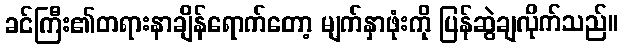
ခင်ကြီး၏တရားနာချိန်ရောက်တော့ မျက်နှာဖုံးကို ပြန်ဆွဲချလိုက်သည်။